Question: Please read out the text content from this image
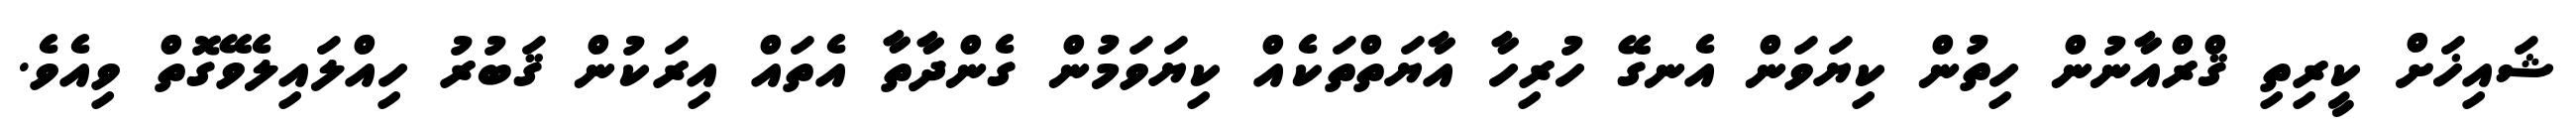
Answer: ޝައިޚަށް ކީރިތި ޤްރްއާނުން ހިތުން ކިޔަވަން އެނގޭ ހުރިހާ އާޔަތްތަކެއް ކިޔަވަމުން ގެންދާތާ އެތައް އިރަކުން ޤަބުރު ހިއްލައިލެވޭގޮތް ވިއެވެ.